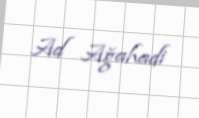
Ad Ağahadi